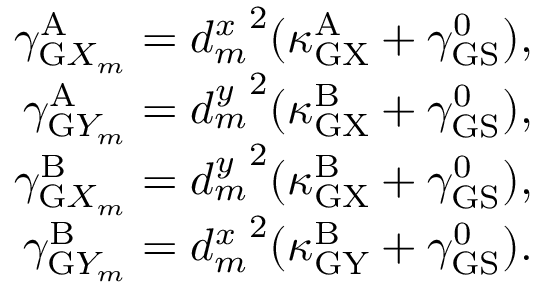
\begin{array} { r } { \gamma _ { \mathrm { G } X _ { m } } ^ { \mathrm { A } } = { d _ { m } ^ { x } } ^ { 2 } ( \kappa _ { \mathrm { G X } } ^ { \mathrm { A } } + \gamma _ { \mathrm { G S } } ^ { 0 } ) , } \\ { \gamma _ { \mathrm { G } Y _ { m } } ^ { \mathrm { A } } = { d _ { m } ^ { y } } ^ { 2 } ( \kappa _ { \mathrm { G X } } ^ { \mathrm { B } } + \gamma _ { \mathrm { G S } } ^ { 0 } ) , } \\ { \gamma _ { \mathrm { G } X _ { m } } ^ { \mathrm { B } } = { d _ { m } ^ { y } } ^ { 2 } ( \kappa _ { \mathrm { G X } } ^ { \mathrm { B } } + \gamma _ { \mathrm { G S } } ^ { 0 } ) , } \\ { \gamma _ { \mathrm { G } Y _ { m } } ^ { \mathrm { B } } = { d _ { m } ^ { x } } ^ { 2 } ( \kappa _ { \mathrm { G Y } } ^ { \mathrm { B } } + \gamma _ { \mathrm { G S } } ^ { 0 } ) . } \end{array}